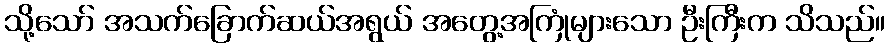
သို့သော် အသက်ခြောက်ဆယ်အရွယ် အတွေ့အကြုံများသော ဦးကြီးက သိသည်။